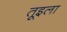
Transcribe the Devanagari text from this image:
तूइला